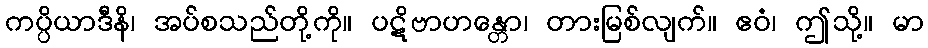
ကပ္ပိယာဒီနိ၊ အပ်စသည်တို့ကို။ ပဋိဗာဟန္တော၊ တားမြစ်လျက်။ ဧဝံ၊ ဤသို့။ မာ